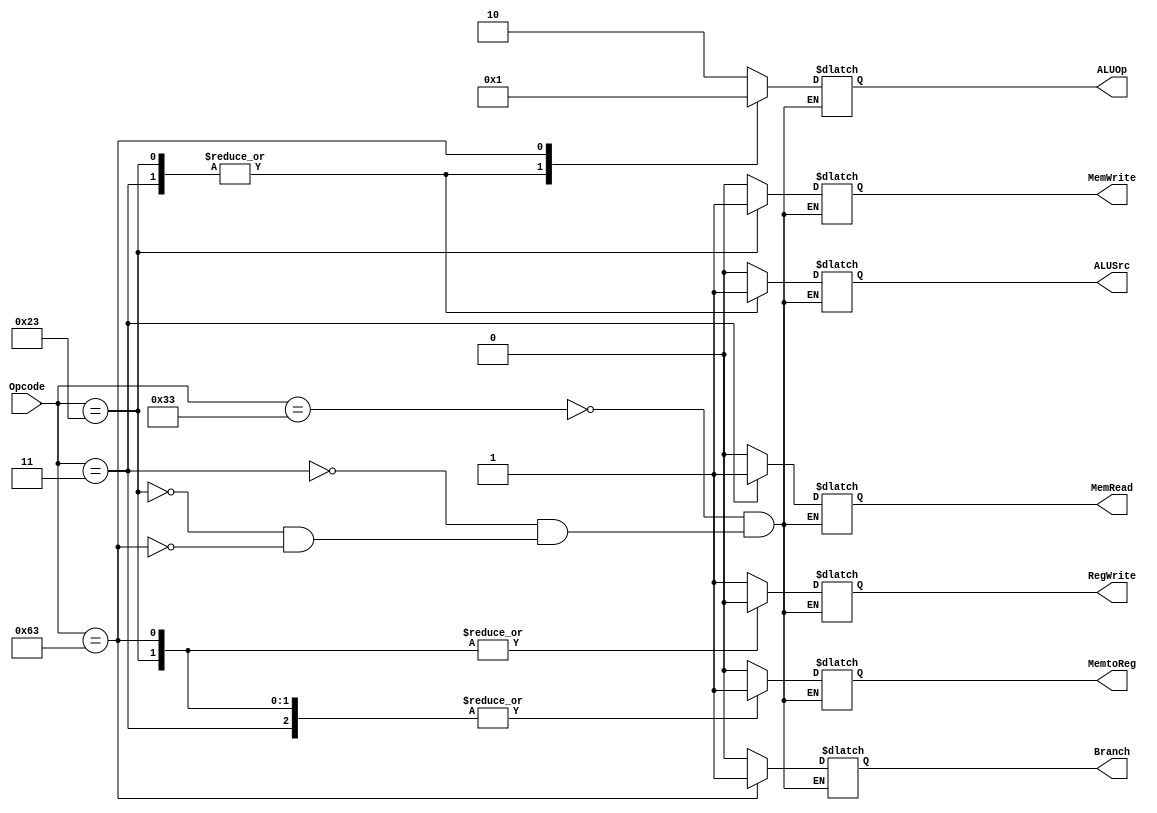
module Control_Unit(Opcode, Branch, MemRead, MemtoReg, ALUOp, MemWrite, ALUSrc, RegWrite);

	input [6:0] Opcode;
	output reg Branch, MemRead, MemtoReg, MemWrite, ALUSrc, RegWrite;
	output reg [1:0] ALUOp;
	
	always@(Opcode)
	begin
		case(Opcode)
			7'b0110011:
				begin
					ALUSrc = 1'b0;
					MemtoReg = 1'b0;
					RegWrite = 1'b1;
					MemRead = 1'b0;
					MemWrite = 1'b0;
					Branch = 1'b0;
					ALUOp = 2'b10;
				end
			7'b0000011:
				begin
					ALUSrc = 1'b1;
					MemtoReg = 1'b1;
					RegWrite = 1'b1;
					MemRead = 1'b1;
					MemWrite = 1'b0;
					Branch = 1'b0;
					ALUOp = 2'b00;
				end
			7'b0100011:
				begin
					ALUSrc = 1'b1;
					MemtoReg = 1'b1; //x hona chahiye
					RegWrite = 1'b0;
					MemRead = 1'b0;
					MemWrite = 1'b1;
					Branch = 1'b0;
					ALUOp = 2'b00;
				end
			7'b1100011:
				begin
					ALUSrc = 1'b0;
					MemtoReg = 1'b1; //x hona chahiye
					RegWrite = 1'b0;
					MemRead = 1'b0;
					MemWrite = 1'b0;
					Branch = 1'b1;
					ALUOp = 2'b01;
				end
		endcase
	end
	
endmodule